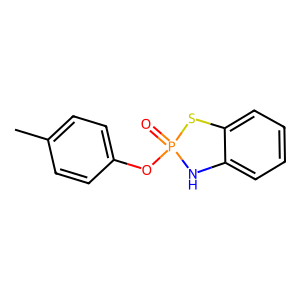
SMILES: Cc1ccc(OP2(=O)Nc3ccccc3S2)cc1
Inhibits HIV replication: No